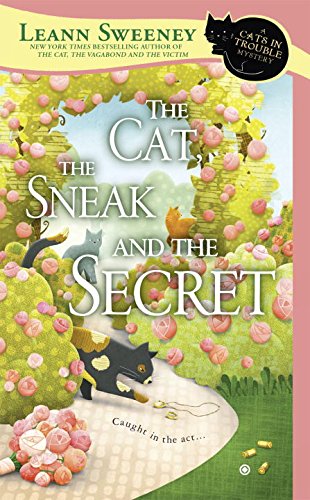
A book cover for The Cat, the Sneak and the Secret: A Cats in Trouble Mystery; Leann Sweeney; Mystery, Thriller & Suspense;